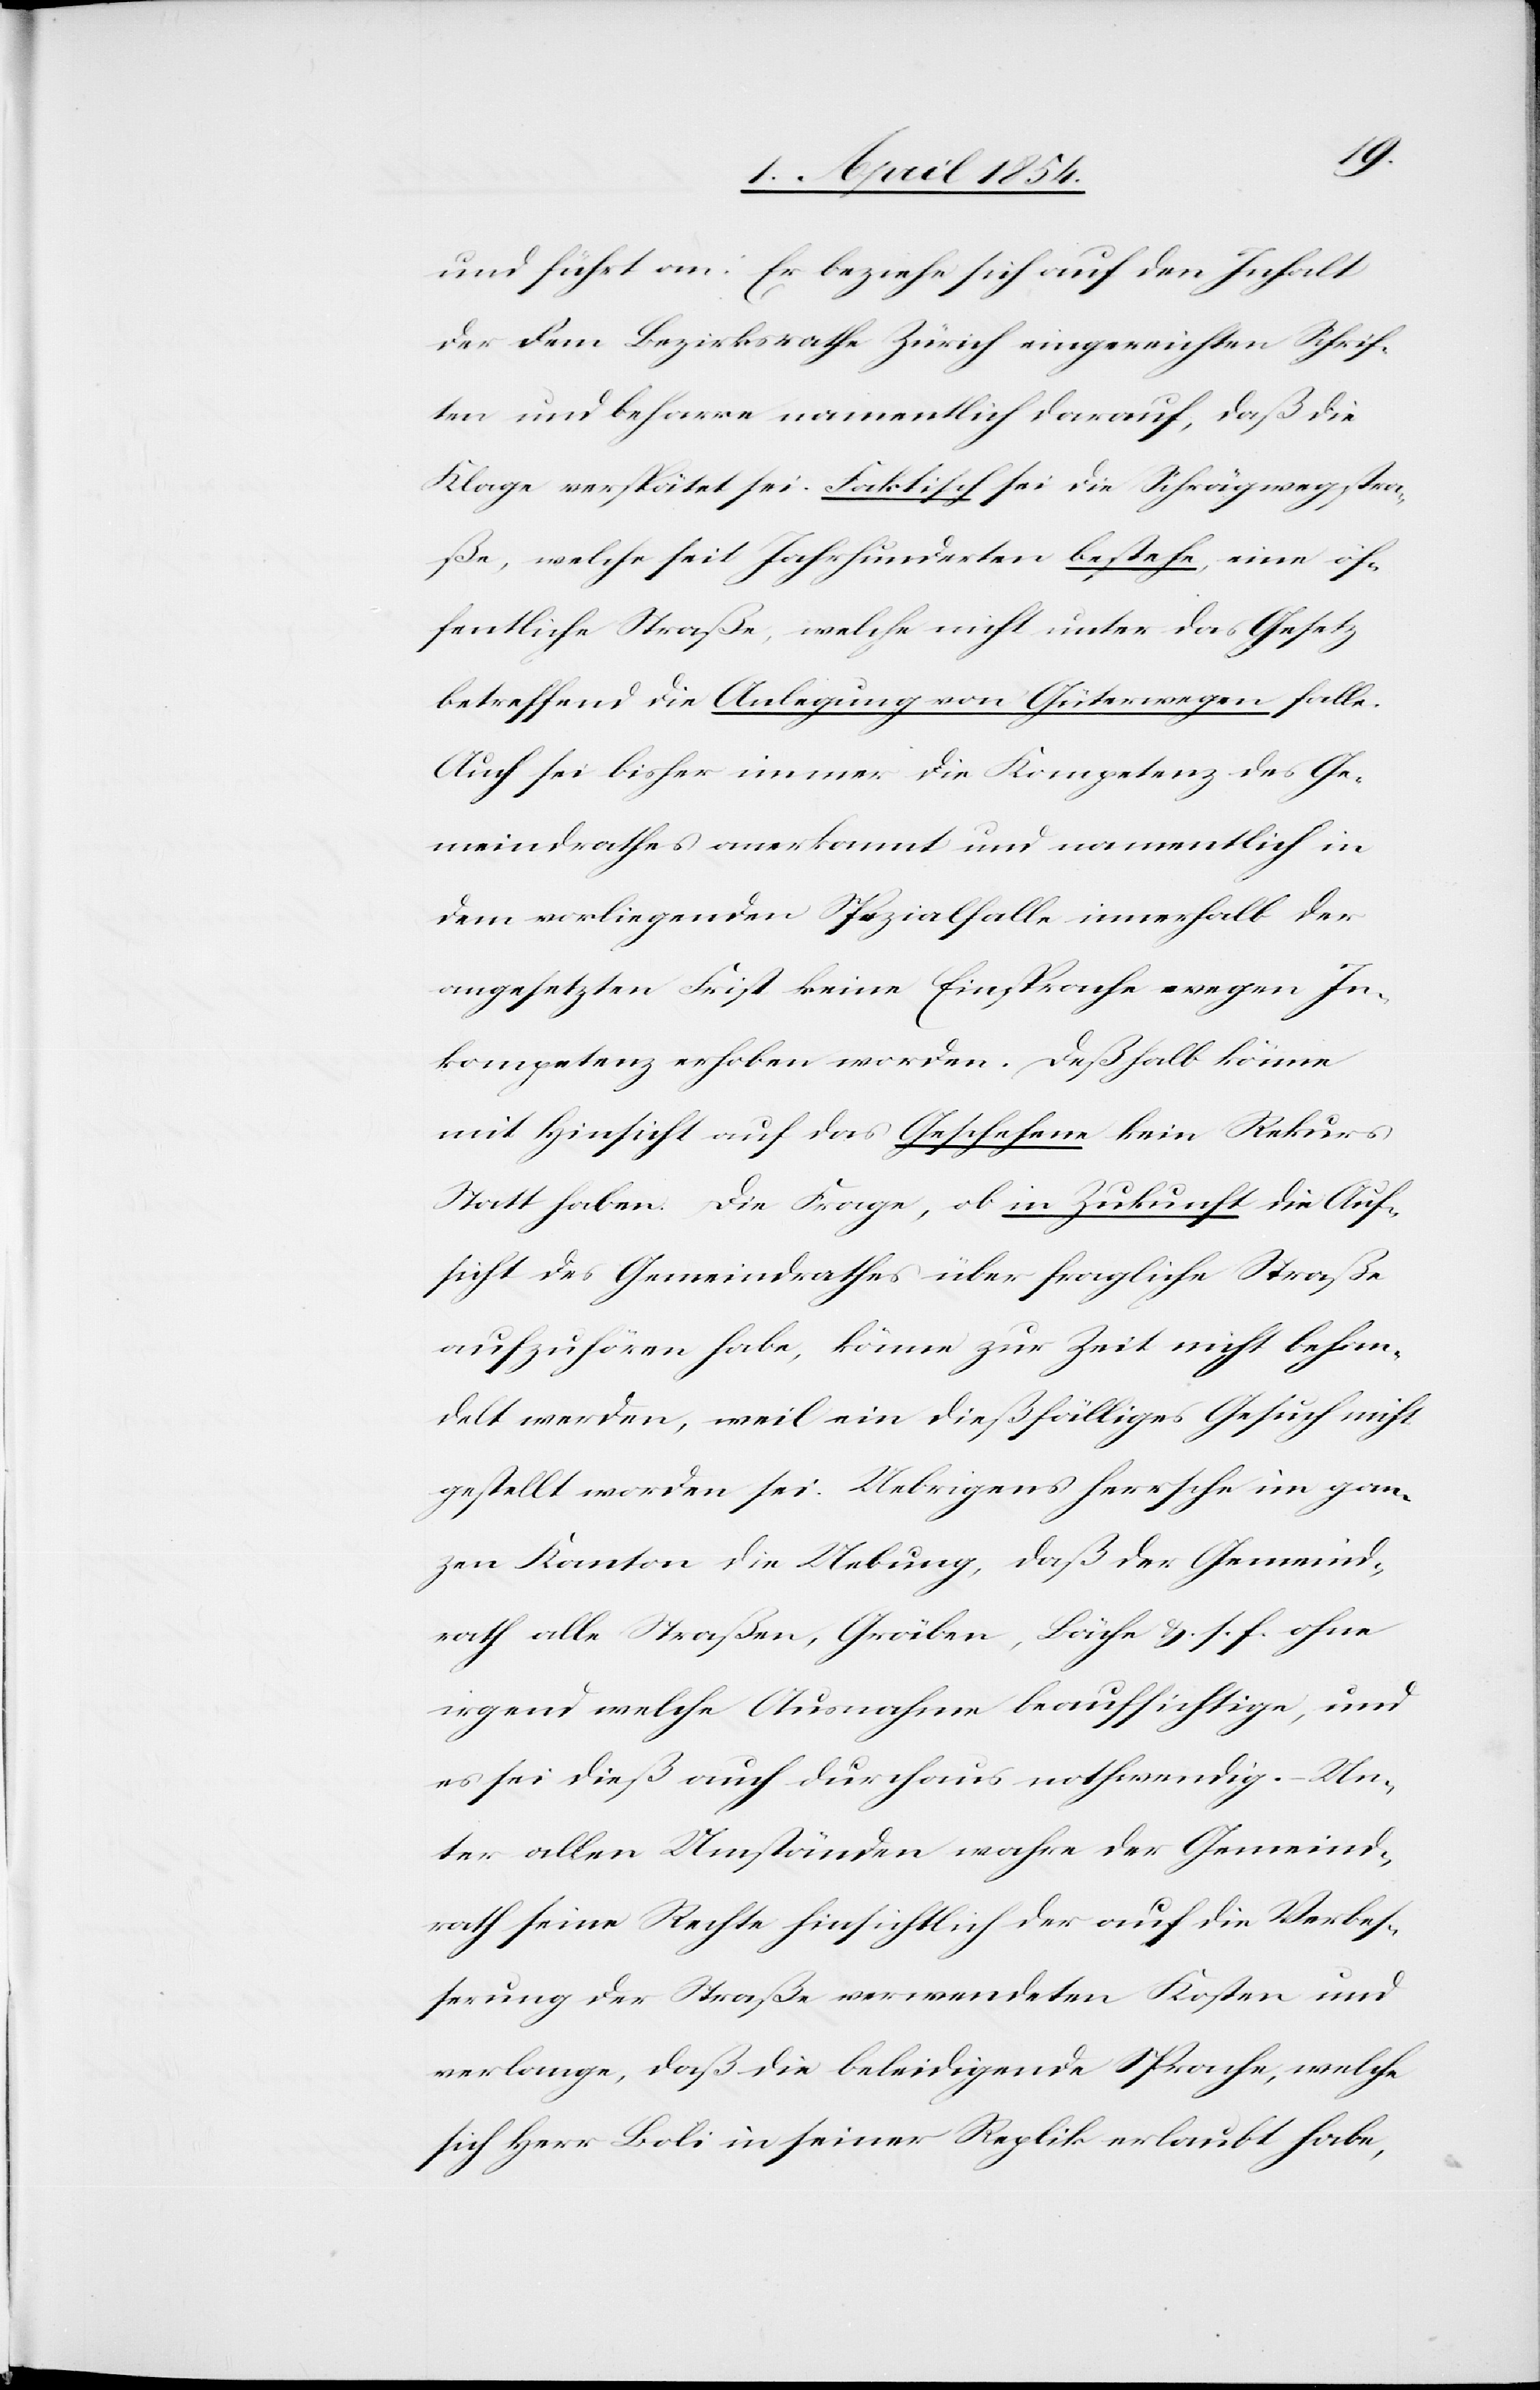
und führt an: Er beziehe sich auf den Inhalt
der dem Bezirksrathe Zürich eingereichten Schrif¬
ten und beharre namentlich darauf, daß die
Klage verspätet sei. Faktisch sei die Schrägwegstra¬
ße, welche seit Jahrhunderten bestehe, eine öf¬
fentliche Straße, welche nicht unter das Gesetz
betreffend die Anlegung von Güterwegen falle.
Auch sei bisher immer die Kompetenz des Ge¬
meindrathes anerkannt und namentlich in
dem vorliegenden Spezialfalle innerhalb der
angesetzten Frist keine Einsprache wegen In¬
kompetenz erhoben worden. Deßhalb könne
mit Hinsicht auf das Geschehen kein Rekurs
Statt haben. Die Frage, ob in Zukunft die Auf¬
sicht des Gemeindrathes über fragliche Straße
aufzuhören habe, könne zur Zeit nicht behan¬
delt werden, weil ein dießfälliges Gesuch nicht
gestellt worden sei. Uebrigens herrsche im gan¬
zen Kanton die Uebung, daß der Gemeind¬
rath alle Straßen, Gräben, Bäche u. s. f. ohne
irgend welche Ausnahmen beaufsichtige, und
es sei dieß auch durchaus nothwendig. – Un¬
ter allen Umständen wahre der Gemeind¬
rath seine Rechte hinsichtlich der auf die Verbes¬
serung der Straße verwendeten Kosten und
verlange, daß die beleidigende Sprache, welche
sich Herr Boli in seiner Replik erlaubt habe,